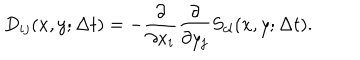
LaTeX: D _ { i j } ( x , y ; \Delta t ) = - \frac { \partial } { \partial x _ { i } } \frac { \partial } { \partial y _ { j } } S _ { c l } ( x , y ; \Delta t ) .